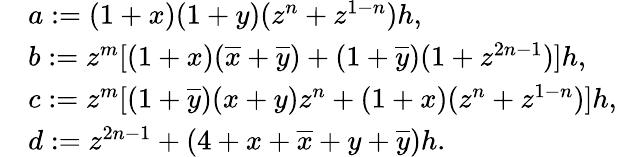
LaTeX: \begin{array}{rl}&{a:=(1+x)(1+y)(z^{n}+z^{1-n})h,}\\ &{b:=z^{m}[(1+x)(\overline{{x}}+\overline{{y}})+(1+\overline{{y}})(1+z^{2n-1})]h,}\\ &{c:=z^{m}[(1+\overline{{y}})(x+y)z^{n}+(1+x)(z^{n}+z^{1-n})]h,}\\ &{d:=z^{2n-1}+(4+x+\overline{{x}}+y+\overline{{y}})h.}\end{array}